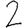
Digit: 2